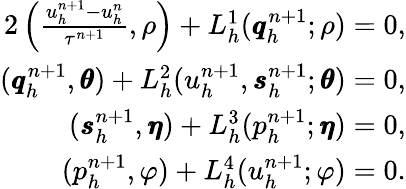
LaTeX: \begin{array}{r}{{2}\left(\frac{u_{h}^{n+1}-u_{h}^{n}}{\tau^{n+1}},\rho\right)+L_{h}^{1}(\pmb{q}_{h}^{n+1};\rho)=0,}\\ {(\pmb{q}_{h}^{n+1},\pmb{\theta})+L_{h}^{2}(u_{h}^{n+1},\pmb{s}_{h}^{n+1};\pmb{\theta})=0,}\\ {(\pmb{s}_{h}^{n+1},\pmb{\eta})+L_{h}^{3}(p_{h}^{n+1};\pmb{\eta})=0,}\\ {(p_{h}^{n+1},\varphi)+L_{h}^{4}(u_{h}^{n+1};\varphi)=0.}\end{array}